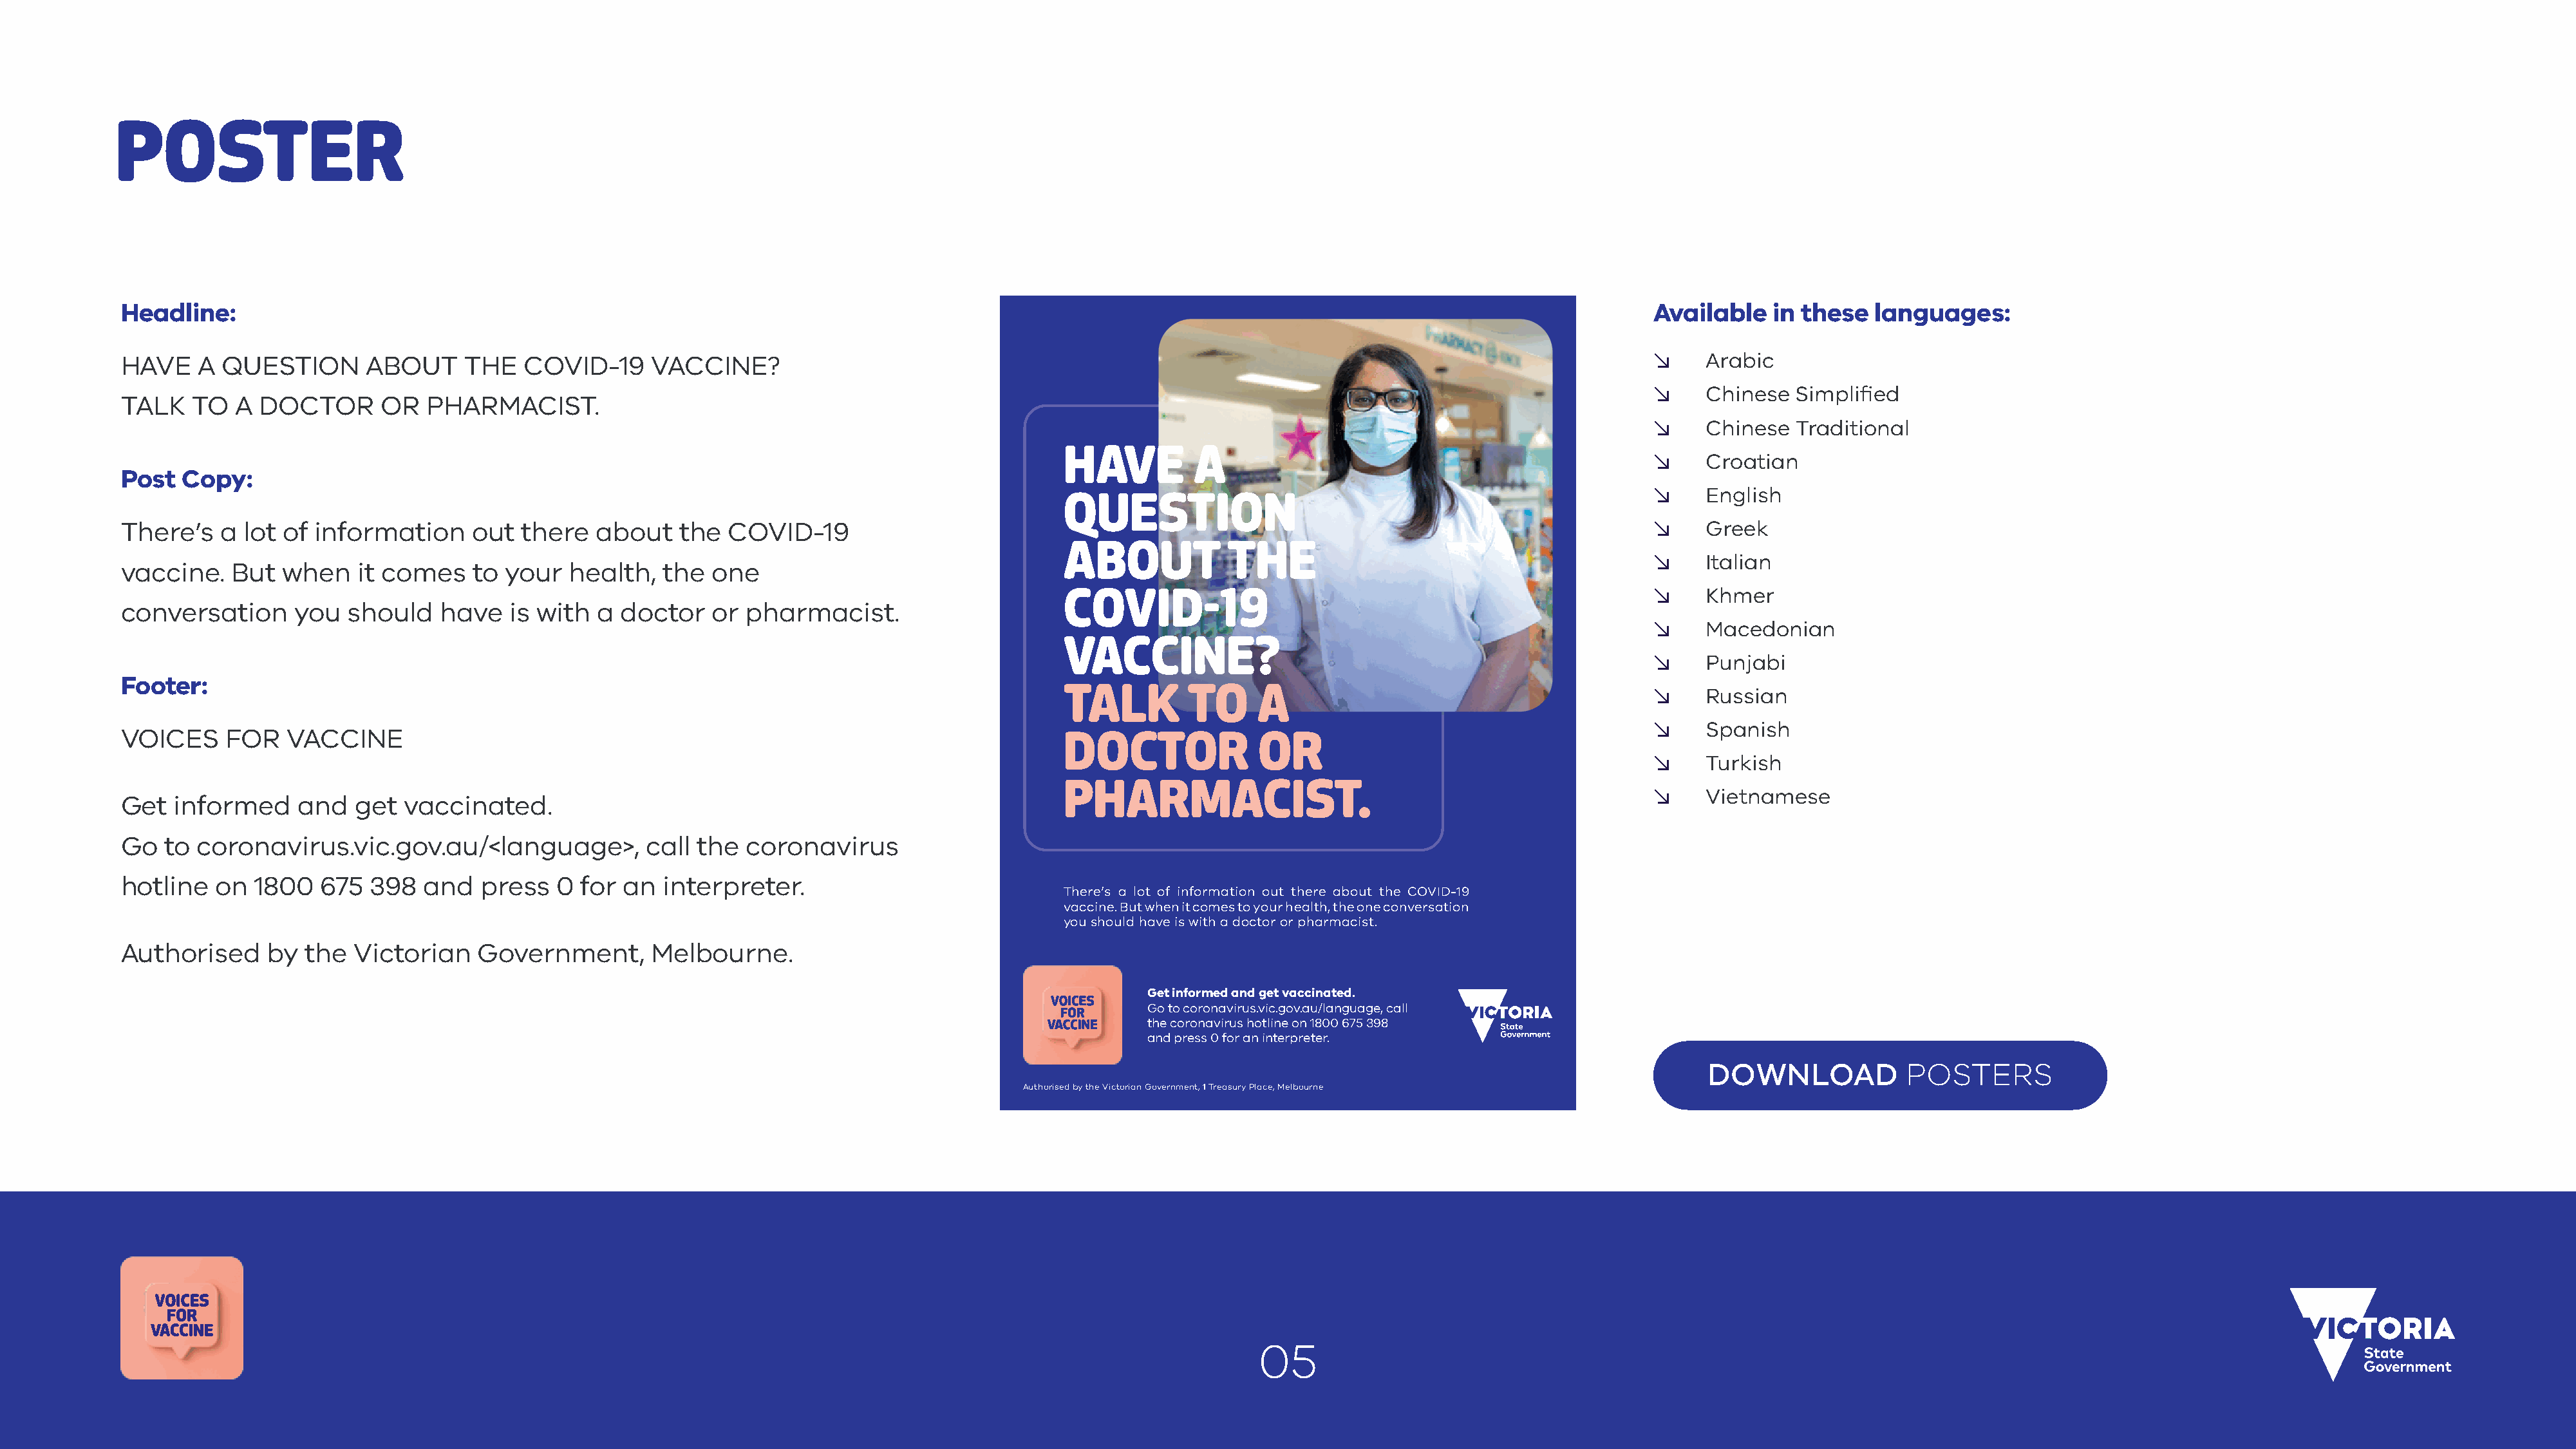
POSTER
 Headline:                                                                                                                                                     Available   in these   languages:
 HAVE    A  QUESTION       ABOUT     THE   COVID-19     VACCINE?                                                                                               ↘    Arabic
 ↘    Chinese   Simplified
 TALK    TO  A  DOCTOR      OR   PHARMACIST.
 ↘    Chinese   Traditional
 HAVE          A
 ↘    Croatian
 Post   Copy:
 ↘    English
 QUESTION
 There’s    a lot of information      out  there  about    the  COVID-19                                                                                       ↘    Greek
 ABOUT            THE
 ↘    Italian
 vaccine.    But  when    it comes    to your   health,  the  one
 ↘    Khmer
 COVID-19
 conversation      you   should   have   is with  a  doctor   or  pharmacist.
 ↘    Macedonian
 VACCINE?
 ↘    Punjabi
 Footer:
 TALK         TO     A                                        ↘    Russian
 ↘    Spanish
 VOICES     FOR   VACCINE
 DOCTOR              OR
 ↘    Turkish
 PHARMACIST.
 ↘    Vietnamese
 Get   informed     and  get  vaccinated.
 Go   to coronavirus.vic.gov.au/<language>,            call  the  coronavirus
 hotline   on  1800   675  398   and  press   0  for an  interpreter.
 There’s a lot of information out there about the COVID-19
 vaccine. But when it comes to your health, the one conversation
 you should have is with a doctor or pharmacist.
 Authorised     by  the  Victorian    Government,       Melbourne.
 Get informed and get vaccinated.
 Go to coronavirus.vic.gov.au/language, call
 the coronavirus hotline on 1800 675 398
 and press 0 for an interpreter.
 DOWNLOAD            POSTERS
 Authorised by the Victorian Government, 1 Treasury Place, Melbourne
 05